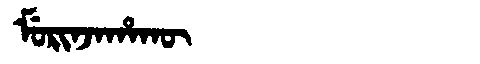
Manchu: ᠮᡠᡵᡳᠨᠵᠠᡥᠠᡴᡡ
Romanization: MURINJAHAKŪ